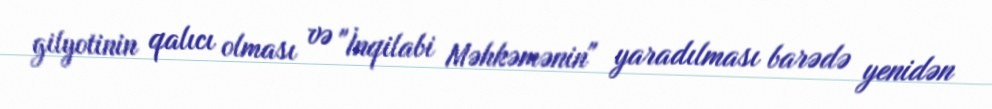
gilyotinin qalıcı olması və "İnqilabi Məhkəmənin" yaradılması barədə yenidən